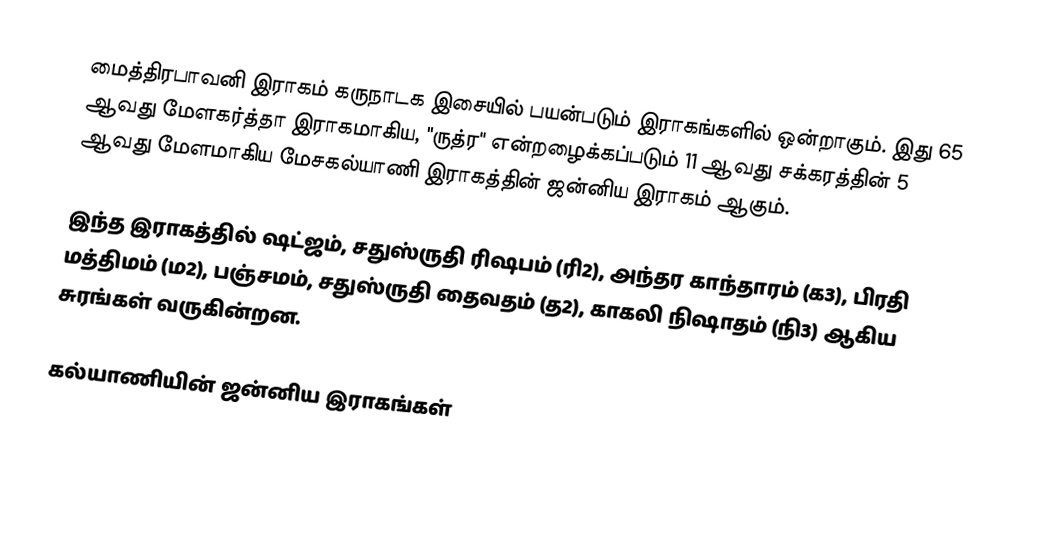
மைத்திரபாவனி இராகம் கருநாடக இசையில் பயன்படும் இராகங்களில் ஒன்றாகும். இது 65 ஆவது மேளகர்த்தா இராகமாகிய, "ருத்ர" என்றழைக்கப்படும் 11 ஆவது சக்கரத்தின் 5 ஆவது மேளமாகிய மேசகல்யாணி இராகத்தின் ஜன்னிய இராகம் ஆகும்.

இந்த இராகத்தில் ஷட்ஜம், சதுஸ்ருதி ரிஷபம் (ரி2),  அந்தர காந்தாரம் (க3), பிரதி மத்திமம் (ம2), பஞ்சமம்,  சதுஸ்ருதி தைவதம் (த2), காகலி நிஷாதம்  (நி3) ஆகிய சுரங்கள் வருகின்றன.

கல்யாணியின் ஜன்னிய இராகங்கள்